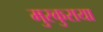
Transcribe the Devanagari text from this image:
मुस्कुराया